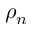
\rho _ { n }